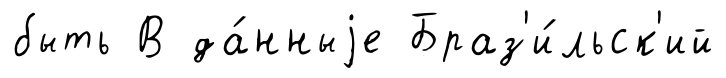
быть В да́нныjе Браз'и́льск'ий